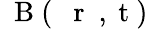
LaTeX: \mathrm{~\mathbf~B~}(\mathrm{~{~\mathbf~r~}~,~t~})